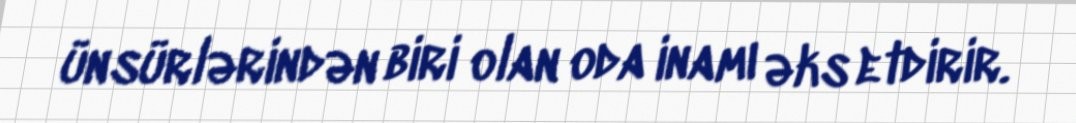
ünsürlərindən biri olan oda inamı əks etdirir.